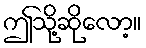
ဤသို့ဆိုလော့။